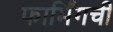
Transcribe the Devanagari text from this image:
फार्मिंगची